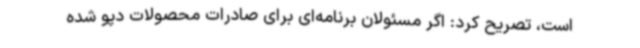
است، تصریح کرد: اگر مسئولان برنامه‌ای برای صادرات محصولات دپو شده